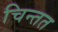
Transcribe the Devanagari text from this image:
चिन्तत